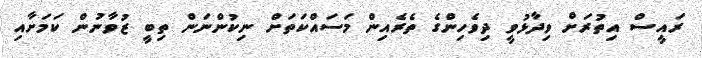
ރައީސް އިތުރަށް ވިދާޅުވީ ދިވެހިންގެ ތެރެއިން މަސައްކަތަށް ނިކުންނަން ތިބީ ޒުވާނުން ކަމަށާއި